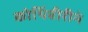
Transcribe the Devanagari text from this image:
कोथिंबीरीनं